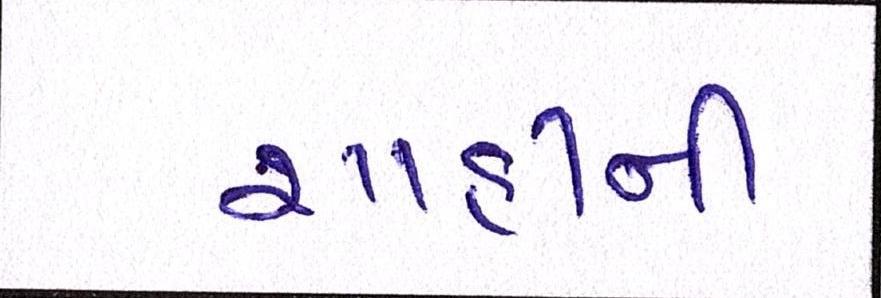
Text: શાહીનો